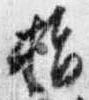
指